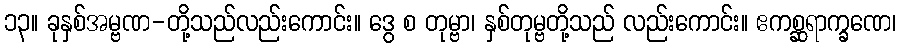
၁၃။ ခုနှစ်အမ္ဗဏ-တို့သည်လည်းကောင်း။ ဒွေ စ တုမ္ဗာ၊ နှစ်တုမ္ဗတို့သည် လည်းကောင်း။ ဧကစ္ဆရာက္ခဏေ၊